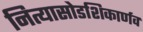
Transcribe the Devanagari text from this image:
नित्यासोडशिकार्णव